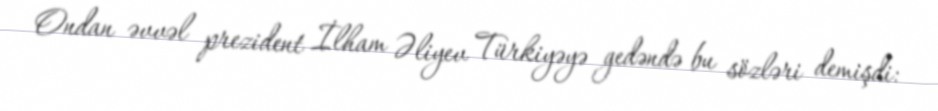
Ondan əvvəl prezident İlham Əliyev Türkiyəyə gedəndə bu sözləri demişdi: